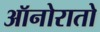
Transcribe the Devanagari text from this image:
ऑनोरातो